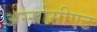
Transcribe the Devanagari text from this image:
अस्सोसीएट